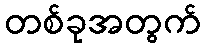
တစ်ခုအတွက်